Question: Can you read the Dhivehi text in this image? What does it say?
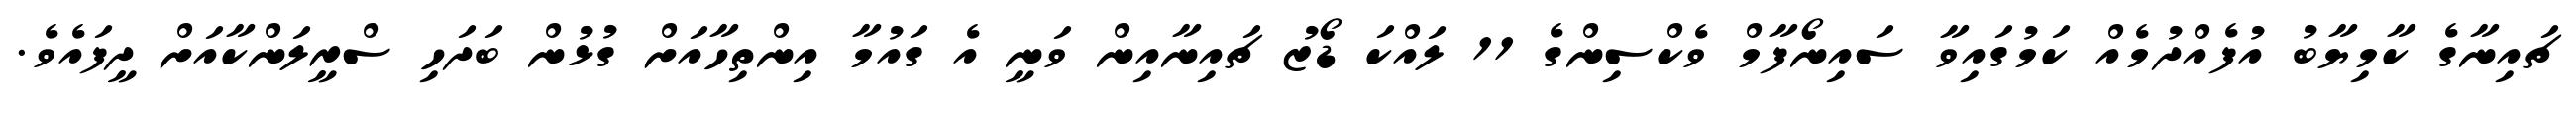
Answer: ޗައިނާގެ ކާމިޔާބު އުފެއްދުމެއް ކަމުގައިވާ ސައިނޯފާމް ވެކްސިންގެ 11 ލައްކަ ޑޯޒު ޗައިނާއިން ވަނީ އެ ގައުމާ އިންތިހާއަށް ގުޅުން ބަދަހި ސްރީލަންކާއަށް ދީފައެވެ.